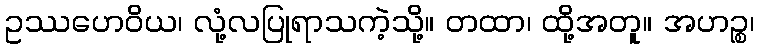
ဥဿဟေဝိယ၊ လုံ့လပြုရာသကဲ့သို့။ တထာ၊ ထို့အတူ။ အဟဉ္စ၊